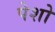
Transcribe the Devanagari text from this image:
पेशो